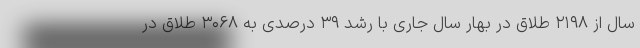
سال از ۲۱۹۸ طلاق در بهار سال جاری با رشد ۳۹ درصدی به ۳۰۶۸ طلاق در